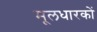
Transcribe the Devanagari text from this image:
मूलधारकों